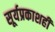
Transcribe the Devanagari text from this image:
सूर्यप्रकाशही